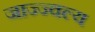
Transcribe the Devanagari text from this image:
जाज्ज्वल्य